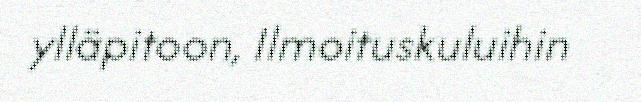
ylläpitoon, Ilmoituskuluihin